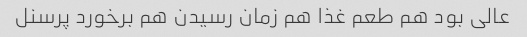
عالی بود هم طعم غذا هم زمان رسیدن هم برخورد پرسنل